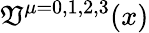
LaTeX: \mathfrak{V}^{\mu=0,1,2,3}(x)